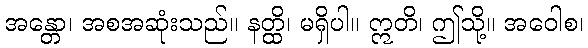
အန္တော၊ အစအဆုံးသည်။ နတ္ထိ၊ မရှိပါ။ ဣတိ၊ ဤသို့။ အဝေါစ၊